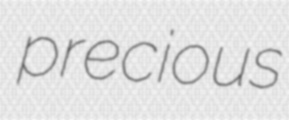
precious